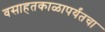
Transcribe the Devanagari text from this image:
वसाहतकाळापर्यंतचा